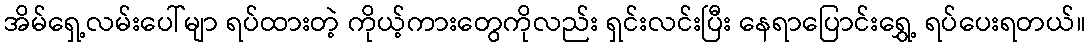
အိမ်ရှေ့လမ်းပေါ်မျာ ရပ်ထားတဲ့ ကိုယ့်ကားတွေကိုလည်း ရှင်းလင်းပြီး နေရာပြောင်းရွှေ့ ရပ်ပေးရတယ်။